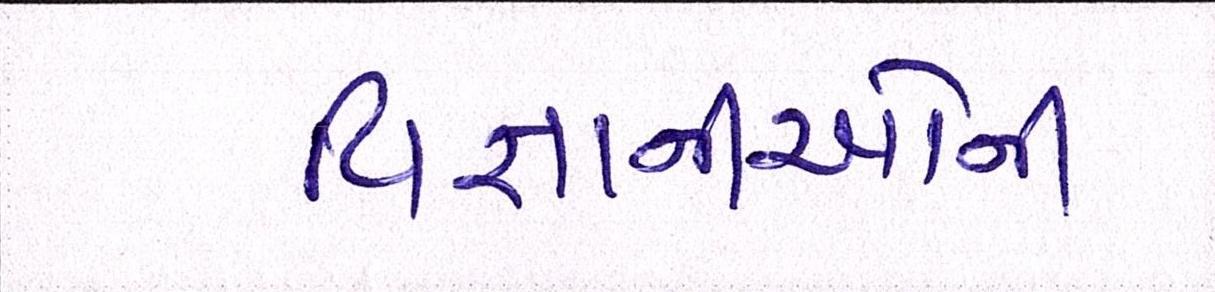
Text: વિજ્ઞાનીઓની